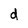
Character: d